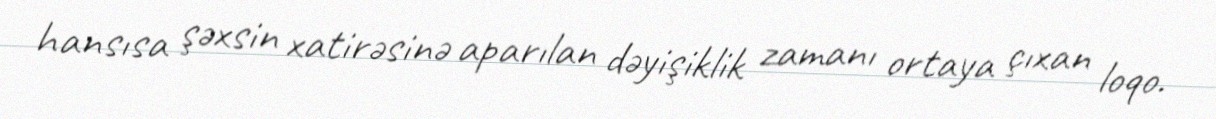
hansısa şəxsin xatirəsinə aparılan dəyişiklik zamanı ortaya çıxan loqo.